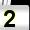
Digit: 2